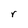
Character: r